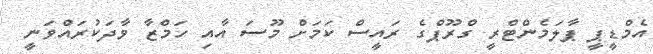
އެމްޑީޕީ ޕާލަމެންޓްރީ ގްރޫޕްގެ ރައީސް ކަމަށް މޫސަ އާއި ހަމްޒާ ވާދަކުރައްވަނީ